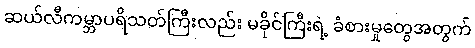
ဆယ်လီကမ္ဘာပရိသတ်ကြီးလည်း မခိုင်ကြီးရဲ့ ခံစားမှုတွေအတွက်